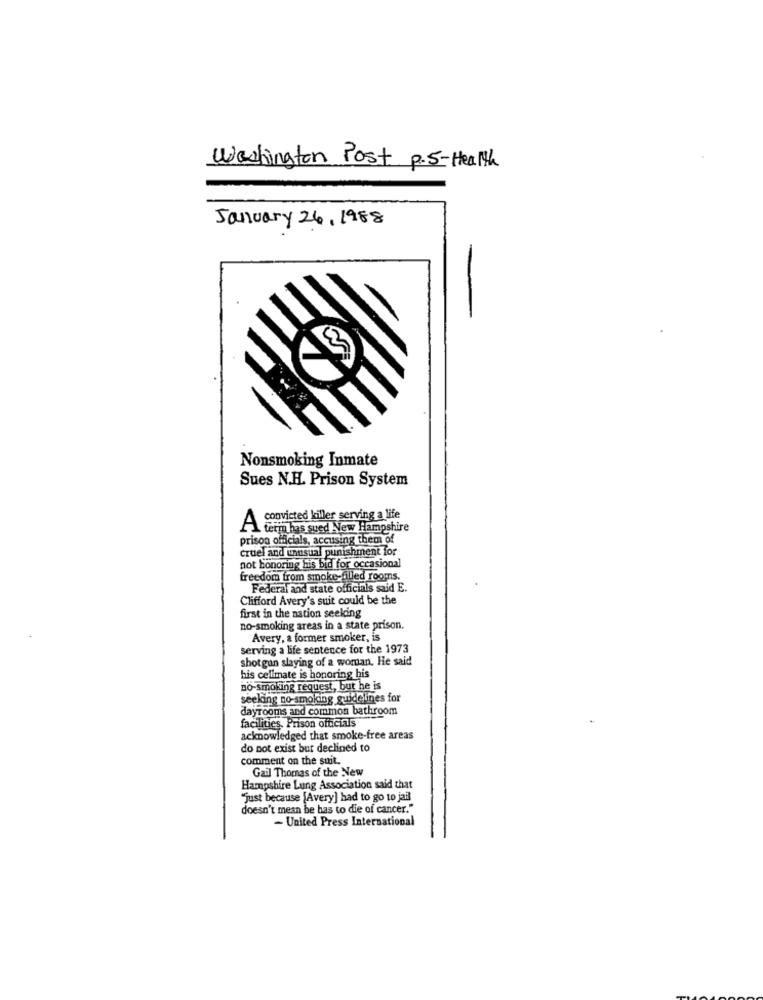
Washington Post p.5-Health
January 26, 1988
Nonsmoking Inmate
Sues N.H. Prison System
convicted killer serving a life
term has sued New Hampshire
prison officials, accusing them of
cruel and unusual punishment for
not honoring his bidl for occasional
freedom from smoke-filled rooms.
Federal and state officials said E.
Clifford Avery's suit could be the
first in the nation seeking
no-smoking areas in a state prison.
Avery, a former smoker, is
serving a life sentence for the 1973
shotgun slaying of a woman. He said
his cellmate is honoring his
no-smoking request, but he is
seeking no-smoking guidelines for
dayrooms and common bathroom
facilities. Prison officials
acknowledged that smoke-free areas
do not exist bur declined to
comment on the suit.
Gail Thomas of the New
Hampshire Lung Association said that
"just because [Avery] had to go to jail
doesn't mean be has to die of cancer."
- United Press International